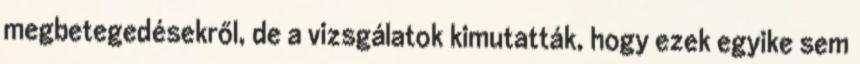
megbetegedésekről, de a vizsgálatok kimutatták, hogy ezek egyike sem